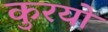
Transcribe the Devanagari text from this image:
कुरयो